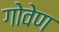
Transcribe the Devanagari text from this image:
गोवेण